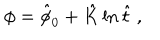
\phi = \hat { \phi } _ { 0 } + \hat { K } \ln \hat { t } \ ,